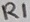
Text: R1